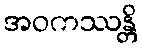
အဝကဿန္တိ